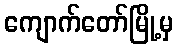
ကျောက်တော်မြို့မှ